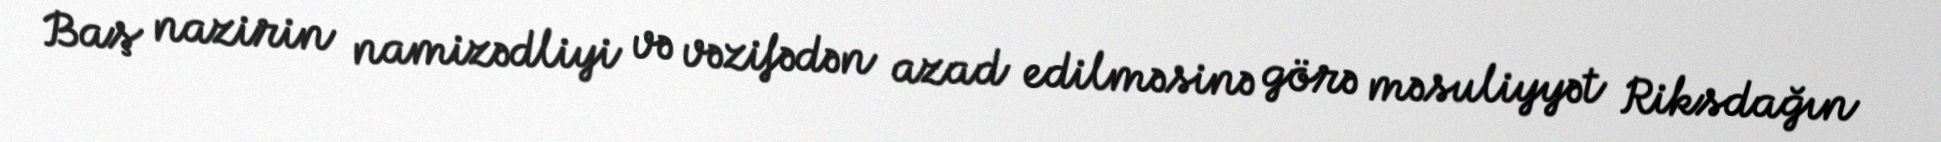
Baş nazirin namizədliyi və vəzifədən azad edilməsinə görə məsuliyyət Riksdağın